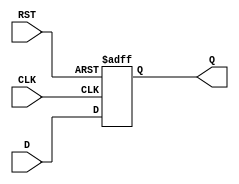
module stage_register #(
    parameter WIDTH = 8  // Parameter to define the width of the data input/output
) (
    input wire [WIDTH-1:0] D,   // Data input
    input wire CLK,              // Clock input
    input wire RST,              // Asynchronous reset
    output reg [WIDTH-1:0] Q     // Data output
);

// Asynchronous reset and synchronous data capture
always @(posedge CLK or posedge RST) begin
    if (RST) begin
        Q <= {WIDTH{1'b0}};       // Clear the register to 0
    end else begin
        Q <= D;                   // Capture the data on the rising edge of the clock
    end
end

endmodule